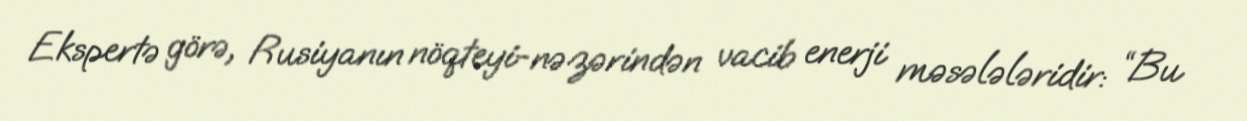
Ekspertə görə, Rusiyanın nöqteyi-nəzərindən vacib enerji məsələləridir: “Bu